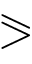
\eqslantgtr